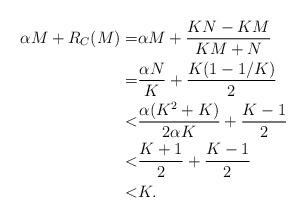
LaTeX: \begin{align*}\alpha M + R_C(M)= &\alpha M + \frac{KN-KM}{KM+N}\\ = & \frac{\alpha N}{K} + \frac{K(1-1/K)}{2}\\ < & \frac{\alpha(K^2+K)}{2\alpha K} + \frac{K-1}{2}\\ < &\frac{K+1}{2} + \frac{K-1}{2}\\ < &K.\end{align*}